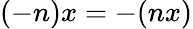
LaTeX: (-n)x=-(nx)